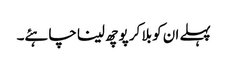
پہلے ان کو بلا کر پوچھ لینا چاہئے۔